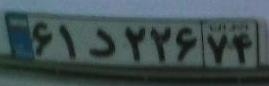
۶۱د۲۲۶۷۴